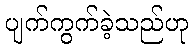
ပျက်ကွက်ခဲ့သည်ဟု